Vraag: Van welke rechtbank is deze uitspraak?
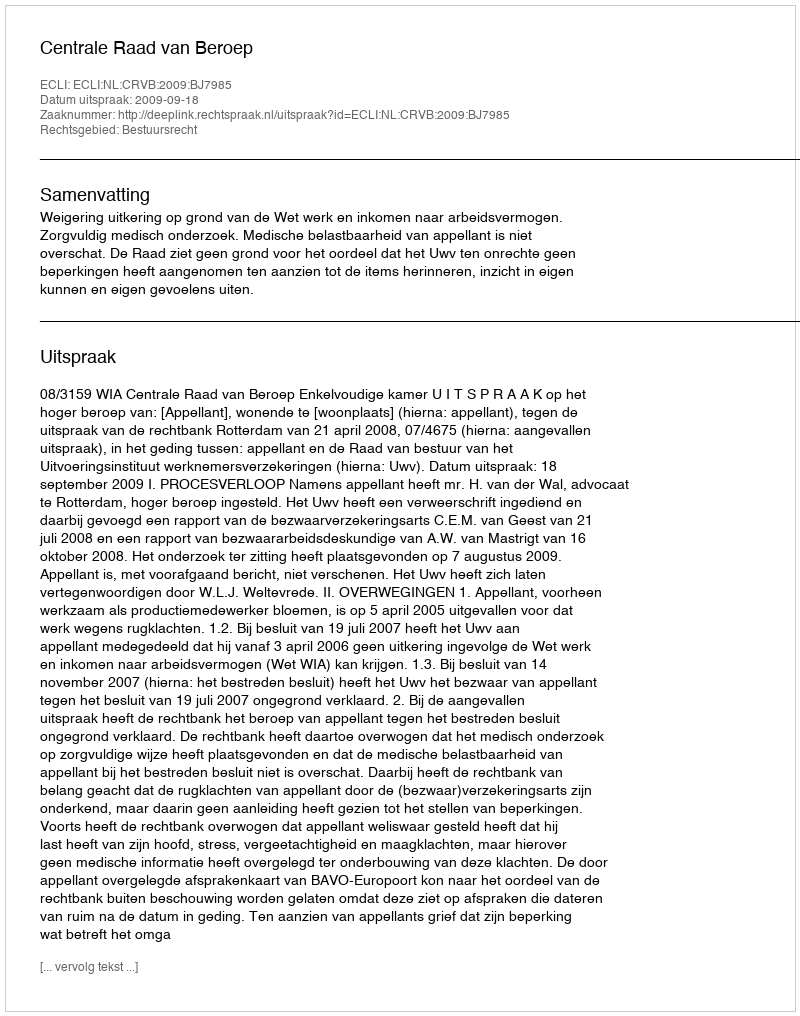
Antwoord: Centrale Raad van Beroep